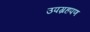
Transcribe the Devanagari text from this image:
उपग्रहपण